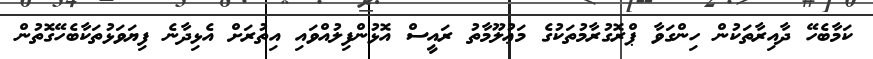
ކަމާބެހޭ ދާއިރާތަކުން ހިންގަވާ ޕްރޮގުރާމުތަކުގެ މަޢުލޫމާތު ރައީސް އޮޅުންފިލުއްވައި އިތުރަށް އެޅިދާނެ ފިޔަވަޅުތަކާބެހޭގޮތުން